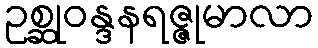
ဥစ္ဆုဝန္ဒနရဇ္ဇုမာလာ